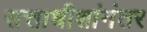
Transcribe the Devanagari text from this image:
सत्ताधीशांनंतर